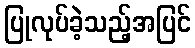
ပြုလုပ်ခဲ့သည့်အပြင်